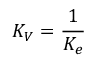
K _ { V } = { \frac { 1 } { K _ { e } } }